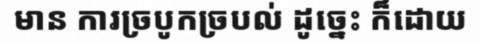
មាន ការច្របូកច្របល់ ដូច្នេះ ក៏ដោយ